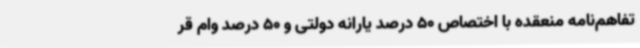
تفاهم‌نامه منعقده با اختصاص 50 درصد یارانه دولتی و 50 درصد وام قر